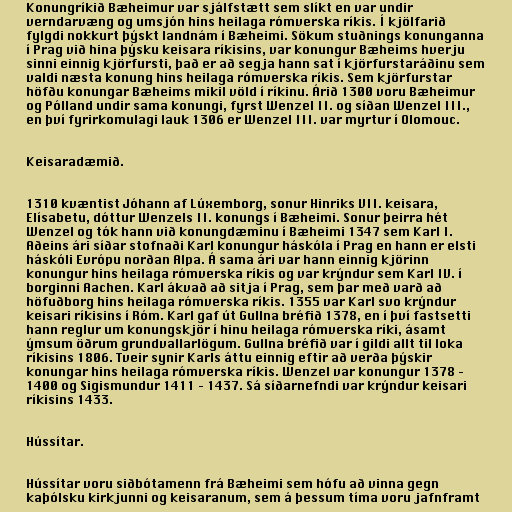
Konungríkið Bæheimur var sjálfstætt sem slíkt en var undir
verndarvæng og umsjón hins heilaga rómverska ríkis. Í kjölfarið
fylgdi nokkurt þýskt landnám í Bæheimi. Sökum stuðnings konunganna
í Prag við hina þýsku keisara ríkisins, var konungur Bæheims hverju
sinni einnig kjörfursti, það er að segja hann sat í kjörfurstaráðinu sem
valdi næsta konung hins heilaga rómverska ríkis. Sem kjörfurstar
höfðu konungar Bæheims mikil völd í ríkinu. Árið 1300 voru Bæheimur
og Pólland undir sama konungi, fyrst Wenzel II. og síðan Wenzel III.,
en því fyrirkomulagi lauk 1306 er Wenzel III. var myrtur í Olomouc.

Keisaradæmið.

1310 kvæntist Jóhann af Lúxemborg, sonur Hinriks VII. keisara,
Elísabetu, dóttur Wenzels II. konungs í Bæheimi. Sonur þeirra hét
Wenzel og tók hann við konungdæminu í Bæheimi 1347 sem Karl I.
Aðeins ári síðar stofnaði Karl konungur háskóla í Prag en hann er elsti
háskóli Evrópu norðan Alpa. Á sama ári var hann einnig kjörinn
konungur hins heilaga rómverska ríkis og var krýndur sem Karl IV. í
borginni Aachen. Karl ákvað að sitja í Prag, sem þar með varð að
höfuðborg hins heilaga rómverska ríkis. 1355 var Karl svo krýndur
keisari ríkisins í Róm. Karl gaf út Gullna bréfið 1378, en í því fastsetti
hann reglur um konungskjör í hinu heilaga rómverska ríki, ásamt
ýmsum öðrum grundvallarlögum. Gullna bréfið var í gildi allt til loka
ríkisins 1806. Tveir synir Karls áttu einnig eftir að verða þýskir
konungar hins heilaga rómverska ríkis. Wenzel var konungur 1378 –
1400 og Sigismundur 1411 – 1437. Sá síðarnefndi var krýndur keisari
ríkisins 1433.

Hússítar.

Hússítar voru siðbótamenn frá Bæheimi sem hófu að vinna gegn
kaþólsku kirkjunni og keisaranum, sem á þessum tíma voru jafnframt